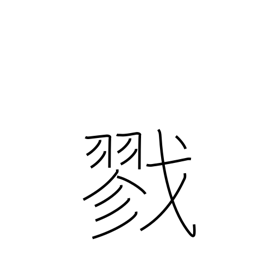
Meaning: kill